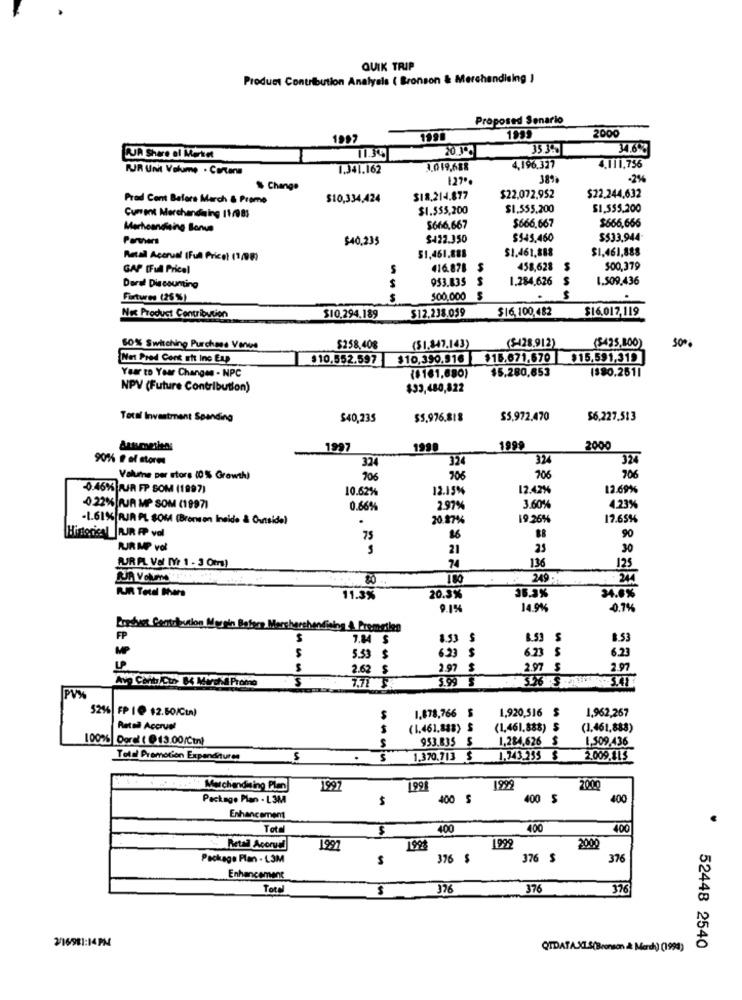
QUIK TRIP
Product Contribution Analysis ( Bronson & Merchandising )
Proposed Senario
2000
1990
1999
20.30.
35.35.
34.6%
CUJA Share of Market
1134
KUR Unit Volume . Cartane
1.341.162
3.019,688
4,196.327
4.111,756
127 **
-296
$ Change
Prod Cont Before March & Prome
$10,334,424
$18.214.877
$22,072.952
$22.244,632
$1.555,200
$1.555,200
$1.555.200
Current Merchandising 11/983
Merheardfining Bonus
5666.667
$666,667
$666,666
Partners
$40,235
$422.350
$545.460
$$33.944-
$1.461,888
$1,461,888
Retal Accrual (Full Price) (1/08)
51,461,888
GAP [Full Pricel
S
416.878 $
458,628
$00,379
953.835
S
1.284,626
S
1.509.436
Deral Discounting
$
Fixtures (25 %)
500,000
S
S
$12.238.059
$16, 100,482
$16.017,119
Nos Product Contribution
$10.294.189
($475,800)
50% Switching Purchase Venue
$258,408
($1.847.143)
($-428.912)
50%
Net Pred Cont att Inc Exp
$10.552.597 $10.390.916 $15.671.570 $15.591,319
$5.280,653
1$80.2611
Year to Your Changes - NPC
(8161,880)
NPV (Future Contribution)
$33,480,822
Total Investment Spending
$40,235
$5.976.818
$5.972.470
$6,227.513
1997
1998
1999
2000
90% # el atores
324
324
324
324
206
Volume per stors (0 % Growth)
906
706
706
-0.46% JUR FP SOM (1997)
10.62%
12.15%
12.42%
12.69%
4.22% RJR MP SOM (1997)
0.66%
2.97%
3.60%
4.23%
-1.61% RJR PL SOM (Bronsen Inside & Outside)
.
20.87%
19.26%
17.65%
Historis_RJR FP val
75
BB
90
RUJR MP vol
21
30
136
UR PL Val MYr 1 . 3 0mm)
74
125
180
249
PUR Tetel Shers
34.6%
11.3%
20.3%
36.3%
9.1%
14.9%
0.7%
Eredet Contribution Morein Baters Mercherchendining A Premeilen
FP
S
7.84
$
8.53 S
8.53 S
8.53
MP
6.23
6.23
S
5.53
$
6.23
2.62 $
2.97 $
2.97
Av Carb/Cu 84 Misha Promo
3.99
7.72
PVX
52% FP I @ $2.50/Cum)
1.878,766 $
1,920,516 $
1.962,267
Rated Accrue!
$
(1.461,888) $
(1.461.888)
(1.461,888)
100% Dorel ( @ 13.00/Ctn)
S
953.835 $
1,284,626 $
1.509,436
Told Promotion Expenditures
S
1.370.713 $
1.743.235 $
2.009,1LS
Merchandising Plan
1997
1991
1999
2000
Package Plan - L3M
$
400 $
400 $
400
Enhancement
Tot
$
400
400
400
Retal Acoruif
1997
199$
1999
2000
Package Plan . L.3M
376 $
376 $
376
Enhancement
Total
$
376
376
376
3/16/981:14PM
QTDATAXIS(Bronson &: Merch) (1994)
52448 2540